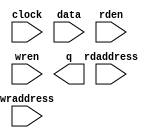
module llr_ram (
	clock,
	data,
	rdaddress,
	rden,
	wraddress,
	wren,
	q);

	input	  clock;
	input	[7:0]  data;
	input	[7:0]  rdaddress;
	input	  rden;
	input	[7:0]  wraddress;
	input	  wren;
	output	[7:0]  q;
`ifndef ALTERA_RESERVED_QIS
// synopsys translate_off
`endif
	tri1	  clock;
	tri1	  rden;
	tri0	  wren;
`ifndef ALTERA_RESERVED_QIS
// synopsys translate_on
`endif

endmodule